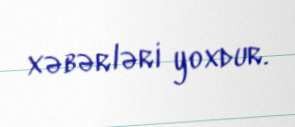
xəbərləri yoxdur.